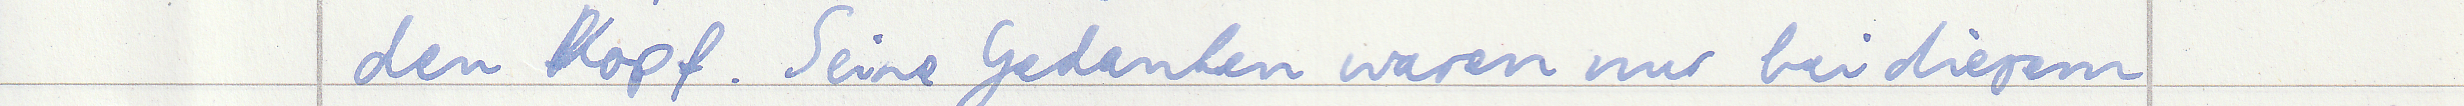
den Kopf. Seine Gedanken waren nur bei diesem